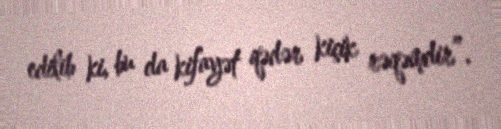
edilib ki, bu da kifayət qədər kiçik rəqəmdir”.